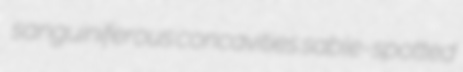
sanguiniferous concavities sable-spotted